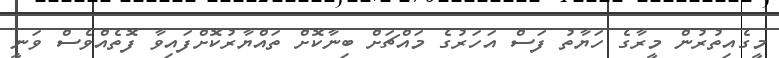
މީގެއިތުރުން މީރާގެ ހަޔާތު ފަސް އަހަރުގެ މައްޗަށް ބިނާކޮށް ތައްޔާރުކޮށްފައިވާ ފޮތެއްވެސް ވަނީ